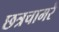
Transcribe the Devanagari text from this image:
छत्रचामरे